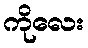
ကိုလေး